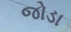
જોડા